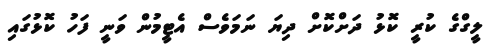
ލީގްގެ ކުރީ ކޮޅު ދަށްކޮށް ދިޔަ ނަމަވެސް އެޓީމުން ވަނީ ފަހު ކޮޅުގައި